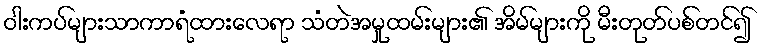
ဝါးကပ်များသာကာရံထားလေရာ သံတဲအမှုထမ်းများ၏ အိမ်များကို မီးတုတ်ပစ်တင်၍